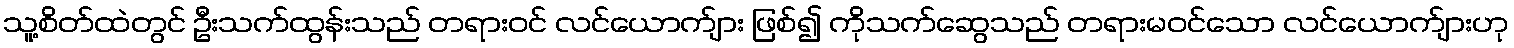
သူ့စိတ်ထဲတွင် ဦးသက်ထွန်းသည် တရားဝင် လင်ယောက်ျား ဖြစ်၍ ကိုသက်ဆွေသည် တရားမဝင်သော လင်ယောက်ျားဟု